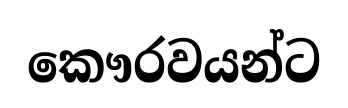
කෞරවයන්ට